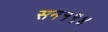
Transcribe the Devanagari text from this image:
सन१९४